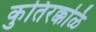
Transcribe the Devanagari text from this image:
कुतिरक्कळि